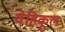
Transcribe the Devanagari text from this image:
वेहिकूल